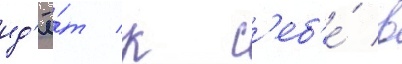
ид'ё́т к с'еб'е́ в